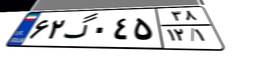
۶۲گ۰۴۵۳۸